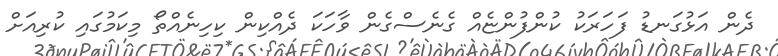
ދެން އަޅުގަނޑު ފަހަރަކު ކުންފުންޏެއް ގެނެސްގެން ވާހަކަ ދެއްކިން ކިހިނެއްތޯ މިކަމުގައި ކުރިއަށް